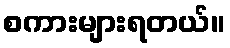
စကားများရတယ်။